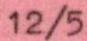
12/5